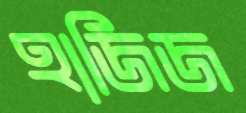
হাজিজ